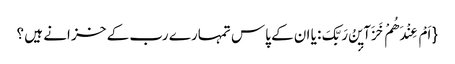
{ اَمْ عِنْدَهُمْ خَزَآیٕنُ رَبِّکَ: یا ان کے پاس تمہارے رب کے خز انے ہیں ؟